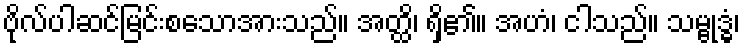
ဗိုလ်ပါဆင်မြင်းစသောအားသည်။ အတ္ထိ၊ ရှိ၏။ အဟံ၊ ငါသည်။ သမ္ဗုဒ္ဓံ၊